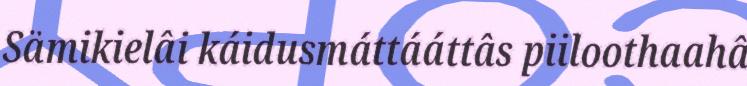
Sämikielâi káidusmáttááttâs piiloothaahâ